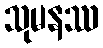
သုမနဿ